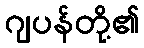
ဂျပန်တို့၏